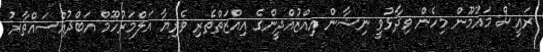
ރައީސް މައުމޫން މިހެން ވިދާޅުވީ ނިޝާން އިއްޒުއްދީންގެ އިއްޒަތްތެރި ވެރިޔާ އަލްމަރުހޫމް އަބްދުއްސައްތާރު